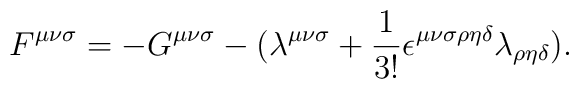
F^{{\mu}{\nu}{\sigma}}=-G^{{\mu}{\nu}{\sigma}}-({\lambda}^{{\mu}{\nu}{\sigma}}+\frac{1}{3!}{\epsilon}^{{\mu}{\nu}{\sigma}{\rho}{\eta}{\delta}}{\lambda}_{{\rho}{\eta}{\delta}}).